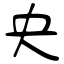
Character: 央